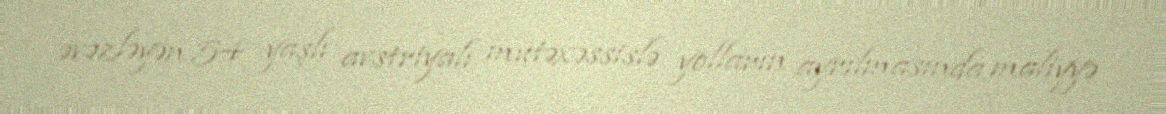
əvəzləyən 54 yaşlı avstriyalı mütəxəssislə yolların ayrılmasında maliyyə